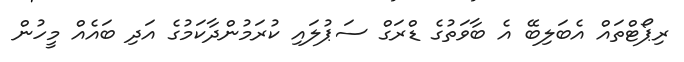
ރިޕޯޓްތައް އެބަލިބޭ އެ ބާވަތުގެ ޑްރަގް ސަޕުލައި ކުރަމުންދާކަމުގެ އަދި ބައެއް މީހުން